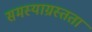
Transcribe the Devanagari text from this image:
समस्याग्रस्तता